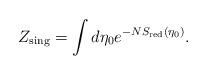
LaTeX: \begin{align*}Z_{\mbox{\scriptsize sing}} = \int d\eta_0 e^{-NS_{\mbox{\tiny red}}(\eta_0)}.\end{align*}